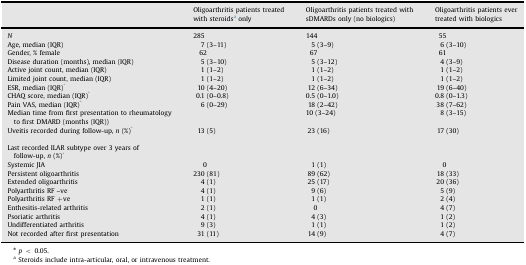
|  | Oligoarthritis patients treated with steroidsa only | Oligoarthritis patients treated with sDMARDs only (no biologics) | Oligoarthritis patients ever treated with biologics |
 | --- | --- | --- | --- |
 | N | 285 | 144 | 55 |
 | Age, median (IQR) | 7 (3–11) | 5 (3–9) | 6 (3–10) |
 | Gender, % female | 62 | 67 | 61 |
 | Disease duration (months), median (IQR) | 5 (3–10) | 5 (3–12) | 4 (3–9) |
 | Active joint count, median (IQR) | 1 (1–2) | 1 (1–2) | 1 (1–2) |
 | Limited joint count, median (IQR) | 1 (1–2) | 1 (1–2) | 1 (1–2) |
 | ESR, median (IQR)* | 10 (4–20) | 12 (6–34) | 19 (6–40) |
 | CHAQ score, median (IQR)* | 0.1 (0–0.8) | 0.5 (0–1.0) | 0.8 (0–1.3) |
 | Pain VAS, median (IQR)* | 6 (0–29) | 18 (2–42) | 38 (7–62) |
 | Median time from first presentation to rheumatology to first DMARD (months (IQR)) |  | 10 (3–24) | 8 (3–15) |
 | Uveitis recorded during follow-up, n (%)* | 13 (5) | 23 (16) | 17 (30) |
 | <COLSPAN=4> Last recorded ILAR subtype over 3 years of follow-up, n (%)* |
 | Systemic JIA | 0 | 1 (1) | 0 |
 | Persistent oligoarthritis | 230 (81) | 89 (62) | 18 (33) |
 | Extended oligoarthritis | 4 (1) | 25 (17) | 20 (36) |
 | Polyarthritis RF –ve | 4 (1) | 9 (6) | 5 (9) |
 | Polyarthritis RF +ve | 1 (1) | 1 (1) | 2 (4) |
 | Enthesitis-related arthritis | 2 (1) | 0 | 4 (7) |
 | Psoriatic arthritis | 4 (1) | 4 (3) | 1 (2) |
 | Undifferentiated arthritis | 9 (3) | 1 (1) | 1 (2) |
 | Not recorded after first presentation | 31 (11) | 14 (9) | 4 (7) |